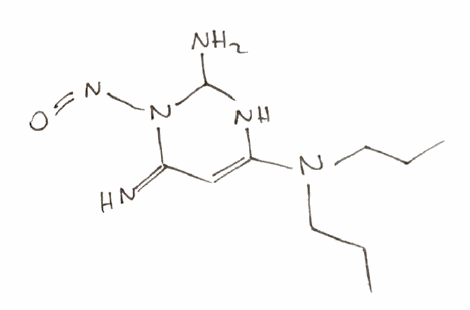
Simplified molecular-input line-entry system (SMILES) notation of the given molecule:
CCCN(CCC)C1=CC(=N)N(C(N1)N)N=O